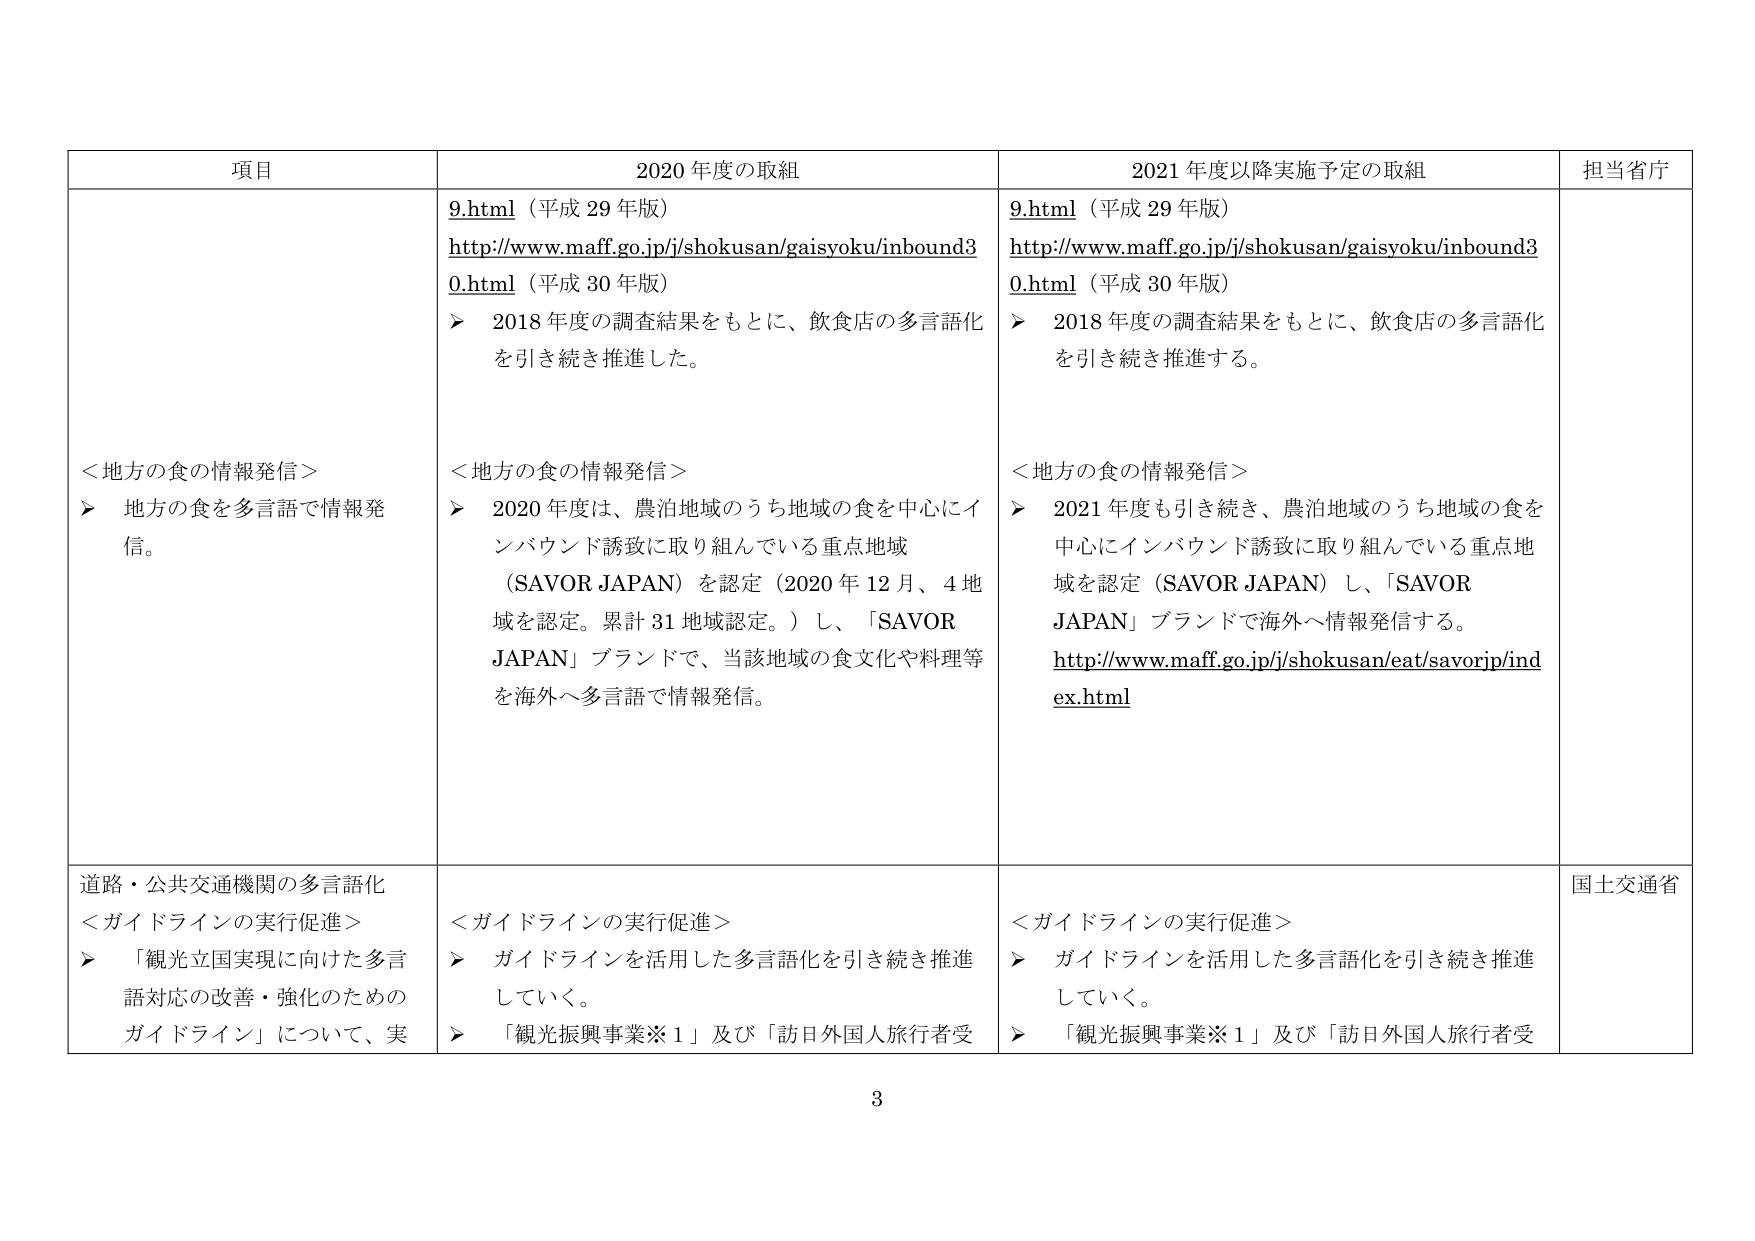
項目 2020年度の取組 2021年度以降実施予定の取組 担当省庁
9.html（平成29年版） http://www.maff.go.jp/j/shokusan/gaisyoku/inbound3 0.html（平成30年版） ➤ 2018年度の調査結果をもとに、飲食店の多言語化 を引き続き推進した。 9.html（平成29年版） http://www.maff.go.jp/j/shokusan/gaisyoku/inbound3 0.html（平成30年版） ➤ 2018年度の調査結果をもとに、飲食店の多言語化 を引き続き推進する。 ＜地方の食の情報発信＞ ➤ 地方の食を多言語で情報発信。 ＜地方の食の情報発信＞ ➤ 2020年度は、農泊地域のうち地域の食を中心にイ ンバウンド誘致に取り組んでいる重点地域 （SAVOR JAPAN）を認定（2020年12月、4地 域を認定。累計31地域認定。）し、「SAVOR JAPAN」ブランドで、当該地域の食文化や料理等 を海外へ多言語で情報発信。 ＜地方の食の情報発信＞ ➤ 2021年度も引き続き、農泊地域のうち地域の食を 中心にインバウンド誘致に取り組んでいる重点地 域を認定（SAVOR JAPAN）し、「SAVOR JAPAN」ブランドで海外へ情報発信する。 http://www.maff.go.jp/j/shokusan/eat/savorjp/ind ex.html 道路・公共交通機関の多言語化 ＜ガイドラインの実行促進＞ ➤ 「観光立国実現に向けた多言 語対応の改善・強化のための ガイドライン」について、実 ＜ガイドラインの実行促進＞ ➤ ガイドラインを活用した多言語化を引き続き推進 していく。 ➤ 「観光振興事業※1」及び「訪日外国人旅行者受 ＜ガイドラインの実行促進＞ ➤ ガイドラインを活用した多言語化を引き続き推進 していく。 ➤ 「観光振興事業※1」及び「訪日外国人旅行者受 国土交通省 3